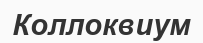
Коллоквиум